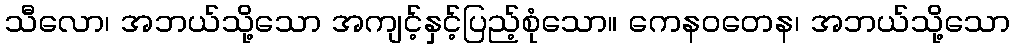
သီလော၊ အဘယ်သို့သော အကျင့်နှင့်ပြည့်စုံသော။ ကေနဝတေန၊ အဘယ်သို့သော